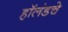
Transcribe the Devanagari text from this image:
हॉलंडचे